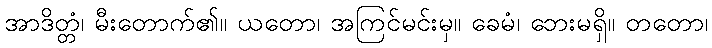
အာဒိတ္တံ၊ မီးတောက်၏။ ယတော၊ အကြင်မင်းမှ။ ခေမံ၊ ဘေးမရှိ။ တတော၊